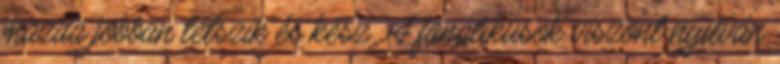
mazda jobban tetszik és kész. A fanatikusok viszont nyilván